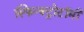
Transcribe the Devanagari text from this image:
स्फिन्क्ट्रोटॉमी